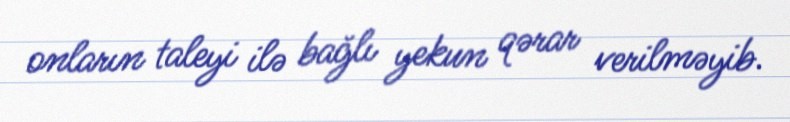
onların taleyi ilə bağlı yekun qərar verilməyib.